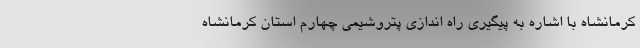
کرمانشاه با اشاره به پیگیری راه اندازی پتروشیمی چهارم استان کرمانشاه